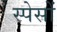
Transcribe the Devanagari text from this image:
स्पेसों